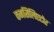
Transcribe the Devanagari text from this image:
कनसिलिएटोर